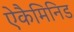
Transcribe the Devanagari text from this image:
ऐकैमिनिड